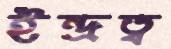
ইন্দ্রত্ব